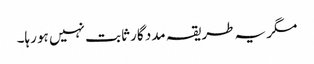
مگر یہ طریقہ مدد گار ثابت نہیں ہو رہا۔